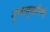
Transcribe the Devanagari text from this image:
गुणानुसारिणी